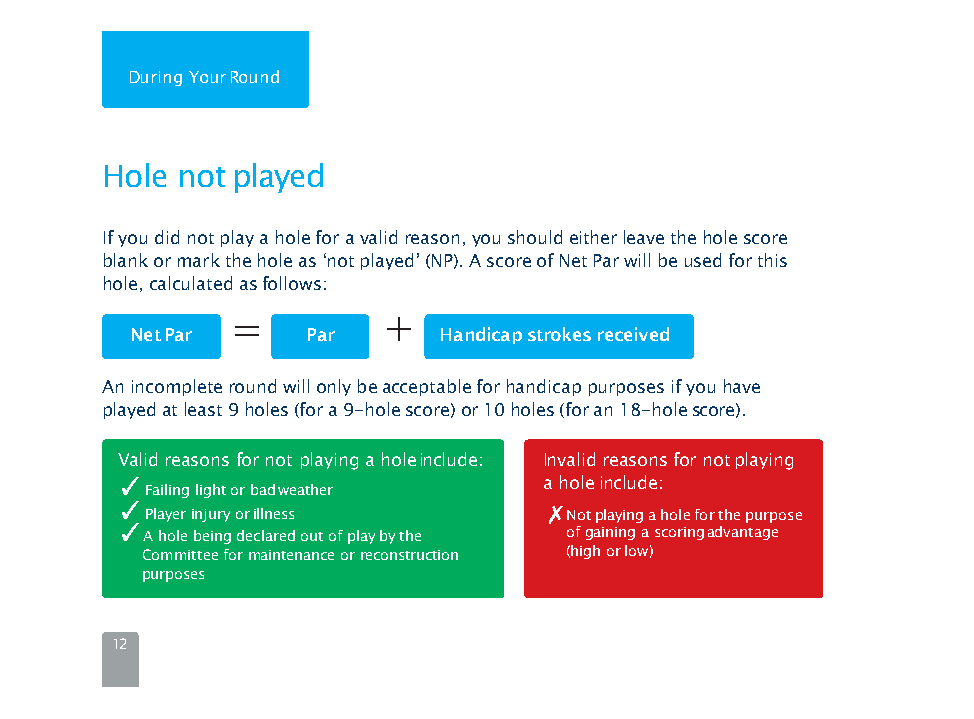
During YourRound
 Hole notplayed
 Ifyoudidnotplayaholeforavalidreason,youshouldeitherleavetheholescore
 blankormarktheholeas‘notplayed’(NP).AscoreofNetParwillbeusedforthis
 hole,calculatedasfollows:
 =         +
 NetPar     Par      Handicap strokesreceived
 Anincompleteroundwillonlybeacceptableforhandicappurposesifyouhave
 playedatleast9holes(fora9-holescore)or10holes(foran18-holescore).
 Valid reasons for not playing a holeinclude: Invalid reasons for notplaying
 ✓                           a holeinclude:
 Failing light or badweather
 ✓                           ✗
 Player injury orillness    Notplayingaholeforthepurpose
 ✓
 A hole being declared out of play by the of gaining a scoringadvantage
 Committee for maintenance or reconstruction (high orlow)
 purposes
 12